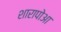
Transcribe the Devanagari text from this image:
शारापोआ